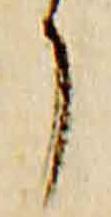
了